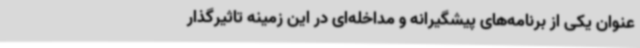
عنوان یکی از برنامه‌های پیشگیرانه و مداخله‌ای در این زمینه تاثیرگذار